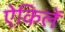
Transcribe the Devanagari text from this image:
ऐकिलें